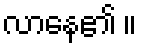
လာနေ၏ ။